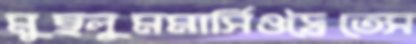
মুছলুমমার্সিওদ্বৈতেস